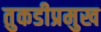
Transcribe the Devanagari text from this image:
तुकडीप्रमुख